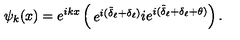
\psi _ { k } ( x ) = e ^ { i k x } \left( \begin{matrix} { e ^ { i ( \tilde { \delta } _ { \ell } + \delta _ { \ell } ) } } \\ { i e ^ { i ( \tilde { \delta } _ { \ell } + \delta _ { \ell } + \theta ) } } \\ \end{matrix} \right) .